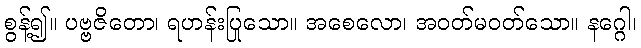
စွန့်၍။ ပဗ္ဗဇိတော၊ ရဟန်းပြုသော။ အစေလော၊ အဝတ်မဝတ်သော။ နဂ္ဂေါ၊